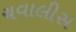
ચવાલીસ